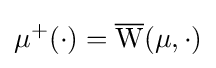
\mu ^{+}(\cdot )={\overline {\mathrm {W} }}(\mu ,\cdot )